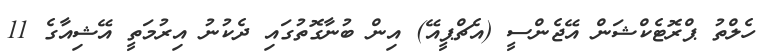
ހެލްތު ޕްރޮޓެކްޝަން އޭޖެންސީ (އެޗްޕީއޭ) އިން ބުނާގޮތުގައި ދެކުނު އިރުމަތީ އޭޝިއާގެ 11